Annual administration report of the Civil Veterinary Department of India - 1895-1896
Year: 1895
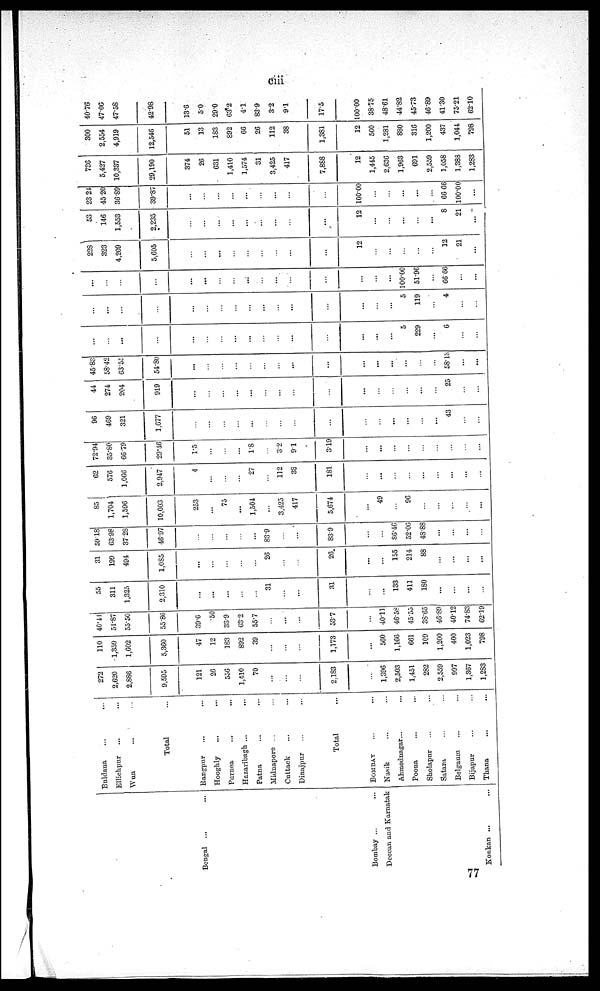
ciii
Bengal ... ...
Bombay ...
Deccan and Karnatak
Konkan ... ...
Buldana ... ...
Ellichpur ... ...
Wun ... ...
Total ...
Rangpur ... ...
Hooghly
Purnea ... ...
Hazaribagh ... ...
Patna ... ...
Midnapore ... ..
Cuttack ... ...
Dinajpur ... ...
Total ...
BOMBAY ... ..
Nasik ... ...
Ahmednagar ... ...
Poona ... ...
Sholapur ... ...
Satara ... ...
Belgaum ... ...
Bijapur ... ...
Thana ... ...
272
2,620
2,886
9,595
121
26
556
1,410
70
...
...
...
2,183
...
1,396
2,503
1,451
282
2,559
997
1,367
1,283
110
1,359
1,602
5,360
47
12
183
892
39
...
...
...
1,173
...
560
1,166
661
109
1,200
400
1,023
798
40.44
51.87
55.50
55.86
39.6
50
33'9
63.2
55.7
...
...
...
53.7
...
40.11
46.58
45'55
38.65
46.89
40.12
74.83
62.19
55
311
1,325
2,310
...
...
...
...
...
31
...
...
31
...
...
133
411
180
...
...
...
...
31
199
494
1,085
...
...
...
...
...
26
...
...
26
...
...
155
214
88
...
...
...
...
59.18
63.98
37.28
46.97
...
...
...
...
...
83.9
...
...
83.9
...
86.46
52.06
48.88
...
...
...
...
85
1,704
1,596
10,003
253
...
75
...
1,504
...
3,425
417
5,674
...
49
...
96
...
...
...
...
...
62
576
1,066
2,947
4
...
...
...
27
...
112
38
181
...
...
...
...
...
...
...
...
...
72.94
35.80
6679
29.46
1.5
...
...
...
1.8
...
3.2
91
3.19
...
...
...
...
...
...
...
...
96
469
321
1,677
...
...
...
...
...
...
...
...
...
...
...
...
...
...
43
...
...
44
274
204
919
...
...
...
...
...
...
...
...
...
...
...
...
...
...
...
25
...
...
45.83
58.4
63.55
54..80
...
...
...
...
...
...
...
...
...
...
...
...
...
...
58.13
...
...
...
...
...
...
...
...
...
...
...
...
...
...
...
...
...
...
5
229
...
6
...
...
...
...
...
...
...
...
...
...
...
...
...
...
...
...
...
...
5
119
...
4
...
...
...
...
...
...
...
...
...
...
...
...
...
...
...
...
...
...
100.00
51.96
...
66 66
...
...
228
323
4,209
5,605
...
...
...
...
...
...
...
...
...
12
...
...
...
...
...
12
21
...
53
146
1,553
2,235
...
...
...
...
...
...
...
...
...
12
...
...
...
...
...
8
21
...
23.21
45.20
36.89
39.87
...
...
...
...
...
...
...
...
...
100.00
...
...
...
...
...
66 66
100.00
...
786
5,427
10,337
29,190
374
26
631
1,410
1,574
31
3,425
417
7,888
12
1,445
2,636
1,963
691
2,559
1,058
1,388
1,283
300
2,554
4,919
12,546
51
13
183
S92
66
26
112
38
1,381
12
560
1,281
880
316
1,200
437
1,044
798
40.76
47.06
47.58
42.98
13.6
5.0
29.0
63.2
4.1
839
3.2
9.1
17.5
100.00
38.75
48.61
44.82
45.73
46.89
41.30
75.21
62.10
77